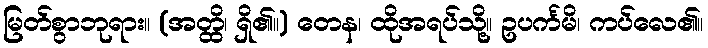
မြတ်စွာဘုရား။ (အတ္ထိ၊ ရှိ၏။) တေန၊ ထိုအရပ်သို့။ ဥပင်္ကမိ၊ ကပ်လေ၏။